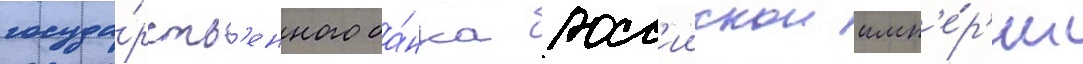
госуда́рств'енного ба́нка росс'иискои имп'е́р'ии